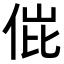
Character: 𬾌